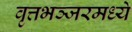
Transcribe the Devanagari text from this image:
वृत्तभञ्जरमध्ये